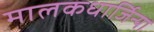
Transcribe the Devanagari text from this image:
मालकधार्जिन्या